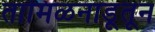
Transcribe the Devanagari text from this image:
तामिळनाडूतून